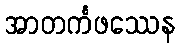
အာတင်္ကဖဿေန